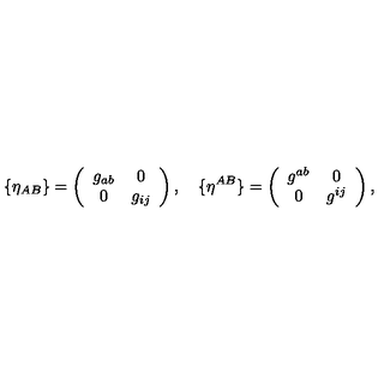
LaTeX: \{ \eta _ { A B } \} = \left( \begin{array} { c c } { g _ { a b } } & { 0 } \\ { 0 } & { g _ { i j } } \\ \end{array} \right) , \quad \{ \eta ^ { A B } \} = \left( \begin{array} { c c } { g ^ { a b } } & { 0 } \\ { 0 } & { g ^ { i j } } \\ \end{array} \right) ,